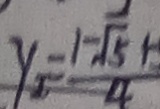
y = \frac { 1 - \sqrt { 5 } 1 } { 4 }